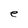
Character: e